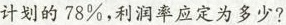
计划的78%，利润率应定为多少?